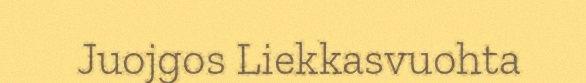
Juojgos Liekkasvuohta